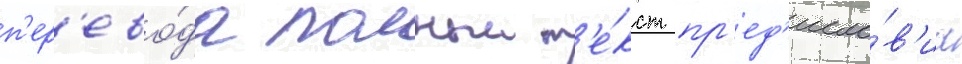
п'ер'ево́да полныи т'е́кст пр'ед'исло́в'иа